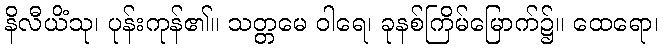
နိလီယိံသု၊ ပုန်းကုန်၏။ သတ္တမေ ဝါရေ၊ ခုနစ်ကြိမ်မြောက်၌။ ထေရော၊